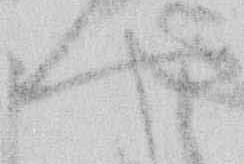
や